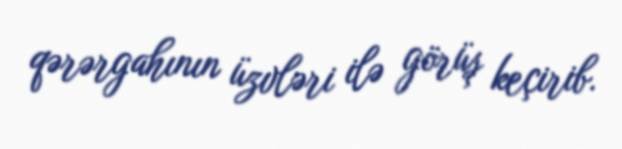
qərərgahının üzvləri ilə görüş keçirib.